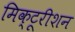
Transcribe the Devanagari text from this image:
मिक्टूरीशन